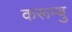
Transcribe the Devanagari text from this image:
करूम्बु